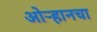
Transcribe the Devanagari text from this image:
ओऱ्हानचा